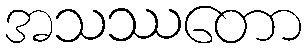
အသဿတော